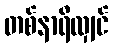
တစ်နာရီလျှင်